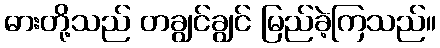
ဓားတို့သည် တချွင်ချွင် မြည်ခဲ့ကြသည်။